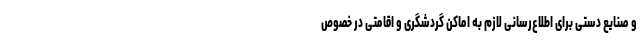
و صنایع دستی برای اطلاع‌رسانی لازم به اماکن گردشگری و اقامتی در خصوص